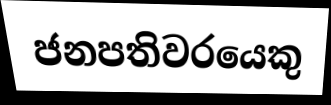
ජනපතිවරයෙකු